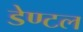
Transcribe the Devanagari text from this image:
डेण्टल